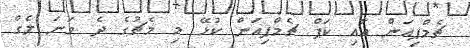
ޗެމްޕިއަން އާއި ކަޕް ޗެމްޕިއަން ކުޅޭ މި މެޗުގެ ދެ ވަނަ ލެގް